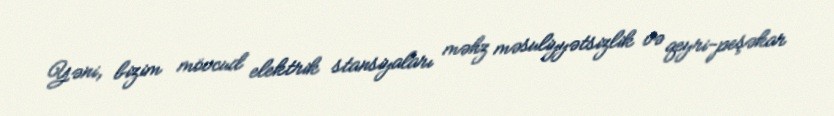
Yəni, bizim mövcud elektrik stansiyaları məhz məsuliyyətsizlik və qeyri-peşəkar